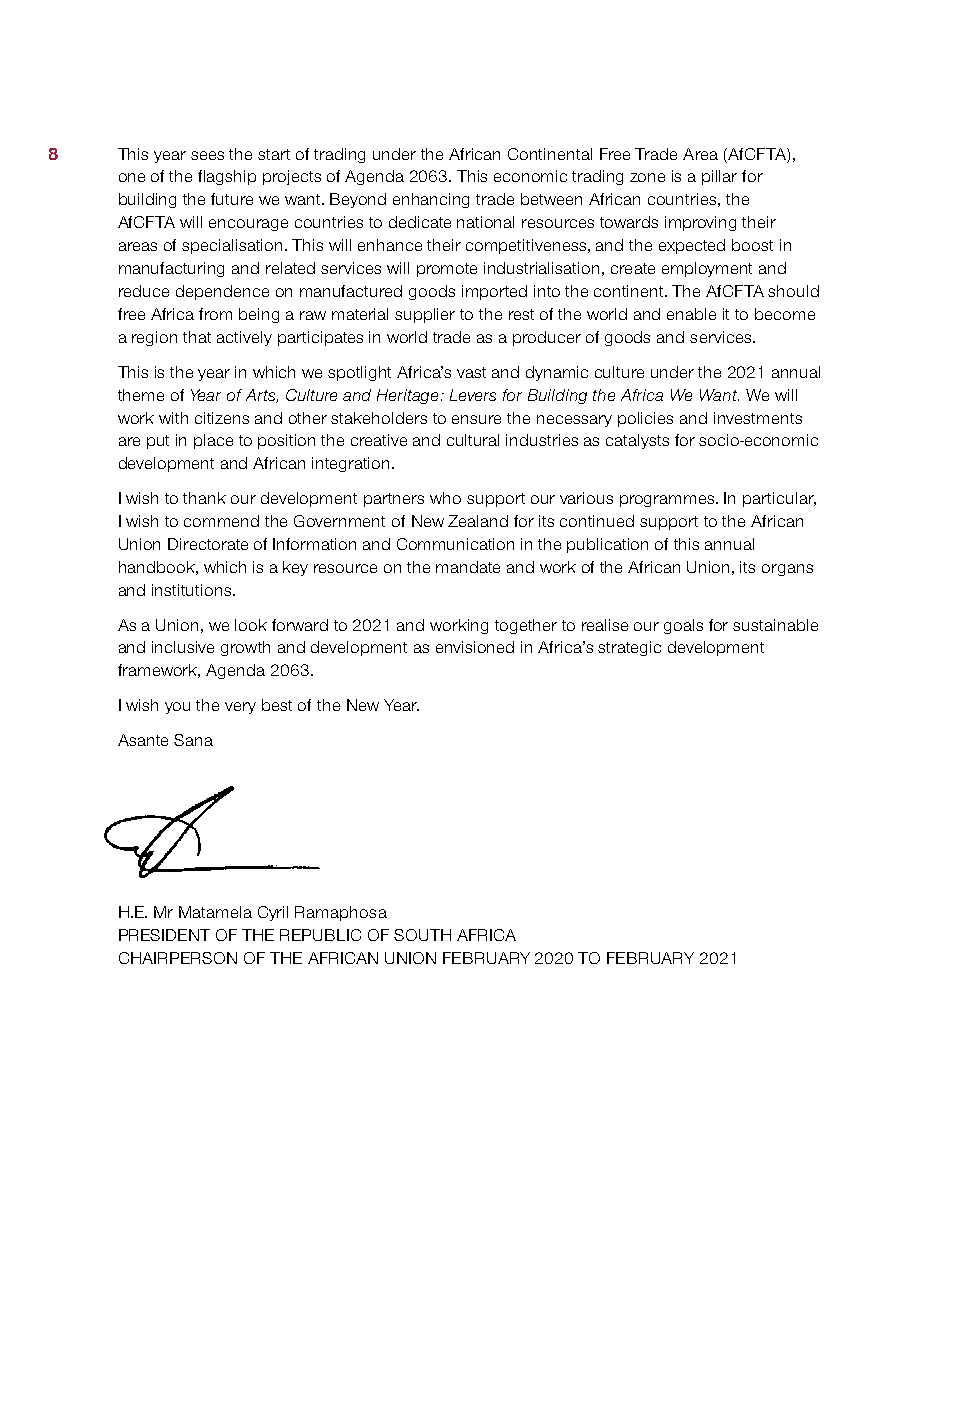
8    This year sees the start of trading under the African Continental Free Trade Area (AfCFTA),
 one of the flagship projects of Agenda 2063. This economic trading zone is a pillar for
 building the future we want. Beyond enhancing trade between African countries, the
 AfCFTA will encourage countries to dedicate national resources towards improving their
 areas of specialisation. This will enhance their competitiveness, and the expected boost in
 manufacturing and related services will promote industrialisation, create employment and
 reduce dependence on manufactured goods imported into the continent. The AfCFTA should
 free Africa from being a raw material supplier to the rest of the world and enable it to become
 a region that actively participates in world trade as a producer of goods and services.
 This is the year in which we spotlight Africa’s vast and dynamic culture under the 2021 annual
 theme of Year of Arts, Culture and Heritage: Levers for Building the Africa We Want. We will
 work with citizens and other stakeholders to ensure the necessary policies and investments
 are put in place to position the creative and cultural industries as catalysts for socio-economic
 development and African integration.
 I wish to thank our development partners who support our various programmes. In particular,
 I wish to commend the Government of New Zealand for its continued support to the African
 Union Directorate of Information and Communication in the publication of this annual
 handbook, which is a key resource on the mandate and work of the African Union, its organs
 and institutions.
 As a Union, we look forward to 2021 and working together to realise our goals for sustainable
 and inclusive growth and development as envisioned in Africa’s strategic development
 framework, Agenda 2063.
 I wish you the very best of the New Year.
 Asante Sana
 H.E. Mr Matamela Cyril Ramaphosa
 PRESIDENT OF THE REPUBLIC OF SOUTH AFRICA
 CHAIRPERSON OF THE AFRICAN UNION FEBRUARY 2020 TO FEBRUARY 2021